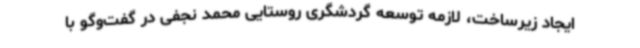
ایجاد زیرساخت، لازمه توسعه گردشگری روستایی محمد نجفی در گفت‌وگو با